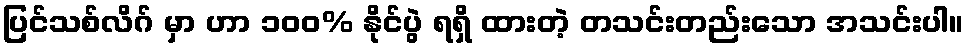
ပြင်သစ်လိဂ် မှာ ဟာ ၁၀၀% နိုင်ပွဲ ရရှိ ထားတဲ့ တသင်းတည်းသော အသင်းပါ။